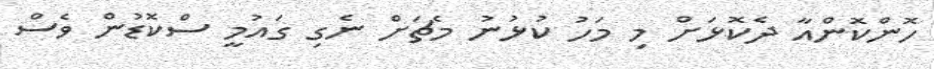
ހޮންކޮންއާ ދެކޮޅަށް މި މަހު ކުޅުނު މެޗަށް ނެެގި ގައުމީ ސްކޮޑުން ވެސް